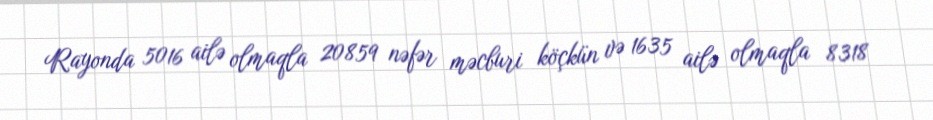
Rayonda 5016 ailə olmaqla 20859 nəfər məcburi köçkün və 1635 ailə olmaqla 8318